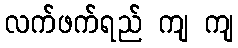
လက်ဖက်ရည် ကျ ကျ